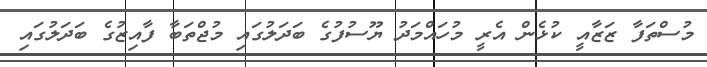
މުސްތަފާ ޒަޒާއީ ކުޅެން އެރީ މުހައްމަދު ޔޫސުފުގެ ބަދަލުގައި މުޖްތަބާ ފާއިޒުގެ ބަދަލުގައި